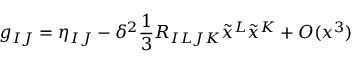
g _ { I J } = \eta _ { I J } - \delta ^ { 2 } \frac { 1 } { 3 } R _ { I L J K } \tilde { x } ^ { L } \tilde { x } ^ { K } + O ( x ^ { 3 } )